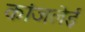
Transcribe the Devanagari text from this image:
कांजलेई